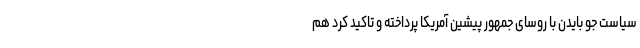
سیاست جو بایدن با روسای جمهور پیشین آمریکا پرداخته و تاکید کرد هم